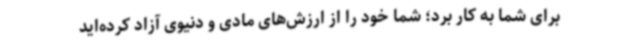
برای شما به کار برد؛ شما خود را از ارزش‌های مادی و دنیوی آزاد کرده‌اید